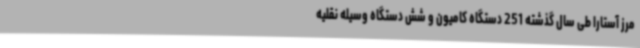
مرز آستارا طی سال گذشته 251 دستگاه کامیون و شش دستگاه وسیله نقلیه